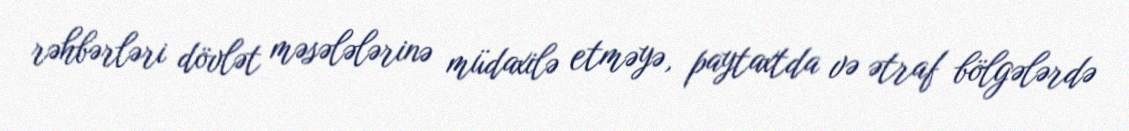
rəhbərləri dövlət məsələlərinə müdaxilə etməyə, paytaxtda və ətraf bölgələrdə